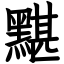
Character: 黮